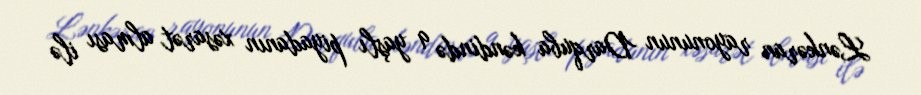
Lənkəran rayonunun Darquba kəndində 9 yaşlı piyadanın xəsarət alması ilə